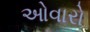
ઓવારો